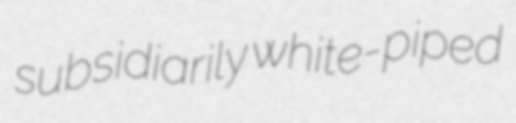
subsidiarily white-piped